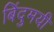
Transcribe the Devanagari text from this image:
बिंदुमयी